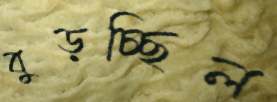
বুড়চ্ছিল